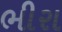
ભીરા